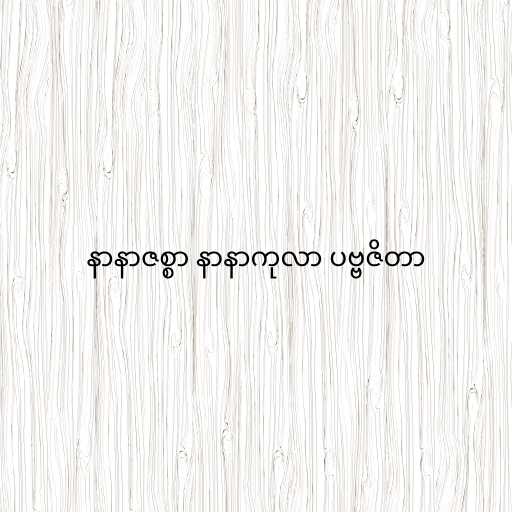
နာနာဇစ္စာ နာနာကုလာ ပဗ္ဗဇိတာ